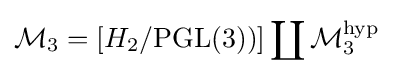
{\mathcal {M}}_{3}=[H_{2}/\mathrm {PGL} (3))]\coprod {\mathcal {M}}_{3}^{\mathrm {hyp} }